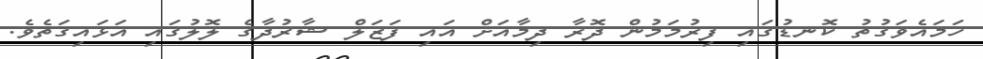
ހަމައެވަގުތު ކޮނޑުގައި ފިރުމަމުން ދޮރާ ދިމާއަށް އައި ފަޒަލް ޝާރުދާގެ ލޮލުގައި އަޅައިގަތެވެ.